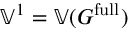
\mathbb { V } ^ { 1 } = \mathbb { V } ( G ^ { \mathrm { f u l l } } )